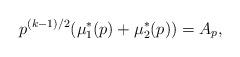
LaTeX: \begin{align*}p^{(k-1)/2}(\mu_1^*(p)+\mu_2^*(p))=A_p,\end{align*}